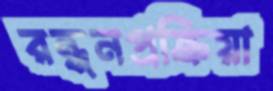
রন্ধনপ্রক্রিয়া